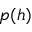
p ( h )